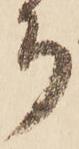
ち